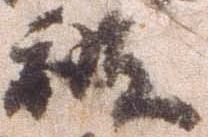
被